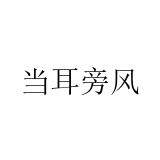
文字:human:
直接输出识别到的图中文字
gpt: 当耳旁风